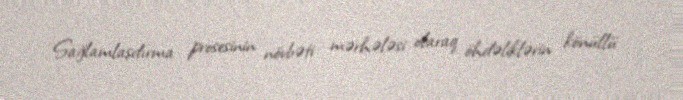
Sağlamlaşdırma prosesinin növbəti mərhələsi olaraq öhdəliklərin könüllü